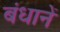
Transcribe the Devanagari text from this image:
बंधानें